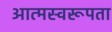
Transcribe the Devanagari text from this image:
आत्मस्वरूपता